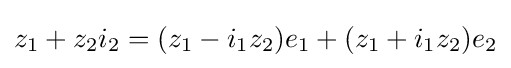
z_{1}+z_{2}i_{2}=(z_{1}-i_{1}z_{2})e_{1}+(z_{1}+i_{1}z_{2})e_{2}